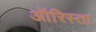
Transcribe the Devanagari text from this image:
ऑरिस्ता